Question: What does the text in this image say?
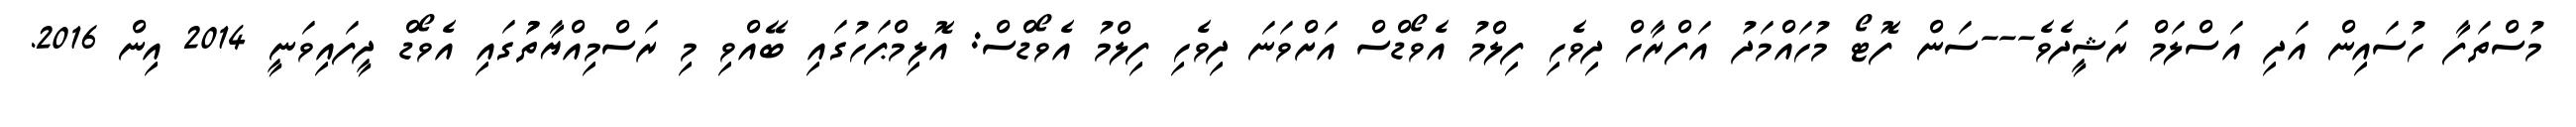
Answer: މުސްތަފާ ހުސައިން އަދި އަސްލަމް ރަޝީދެވެ---ސަން ފޮޓޯ މުހައްމަދު އަފްރާހް ދިވެހި ފިލްމު އެވޯޑްސް އަށްވަނަ ދިވެހި ފިލްމު އެވޯޑްސް: އޮލިމްޕަހުގައި ބޭއްވި މި ރަސްމިއްޔާތުުގައި އެވޯޑް ދީފައިވަނީ 2014 އިން 2016.